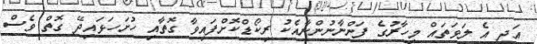
އަދި އެ ލަވަތައް މިހާރުގެ ފަންނާނުންނާއެކު ރިކޯޑްކޮށްފައިވާ ގޮތާއި ހުށަހަޅައިދޭ ގޮތް ވެސް